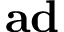
\mathbf { a d }